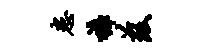
患裤兹